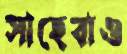
সাহেবাও